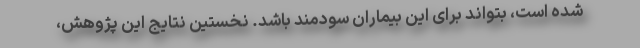
شده است، بتواند برای این بیماران سودمند باشد. نخستین نتایج این پژوهش،